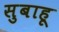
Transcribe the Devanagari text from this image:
सुबाहू